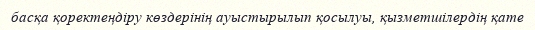
басқа қоректеңдіру көздерінің ауыстырылып қосылуы, қызметшілердің қате